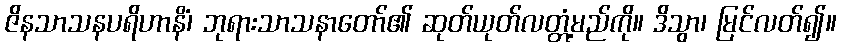
ဇိနသာသနပရိဟာနိံ၊ ဘုရားသာသနာတော်၏ ဆုတ်ယုတ်လတ္တံ့မည်ကို။ ဒိသွာ၊ မြင်လတ်၍။